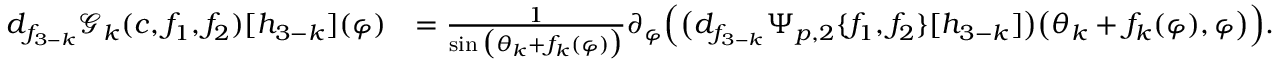
\begin{array} { r l } { d _ { f _ { 3 - k } } \mathscr { G } _ { k } ( c , f _ { 1 } , f _ { 2 } ) [ h _ { 3 - k } ] ( \varphi ) } & { = \frac { 1 } { \sin \big ( \theta _ { k } + f _ { k } ( \varphi ) \big ) } \partial _ { \varphi } \Big ( \big ( d _ { f _ { 3 - k } } \Psi _ { p , 2 } \{ f _ { 1 } , f _ { 2 } \} [ h _ { 3 - k } ] \big ) \big ( \theta _ { k } + f _ { k } ( \varphi ) , \varphi \big ) \Big ) . } \end{array}